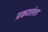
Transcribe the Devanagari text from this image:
प्रकटलेला